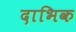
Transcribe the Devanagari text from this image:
दाभिक